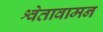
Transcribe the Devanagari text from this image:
श्वेतावामन